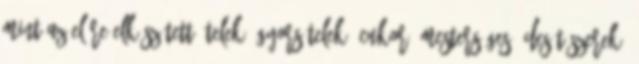
mint az előre elkészített ételek, gyorsételek, cukor, mesterséges édesítőszerek,